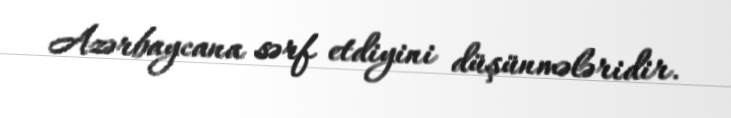
Azərbaycana sərf etdiyini düşünmələridir.